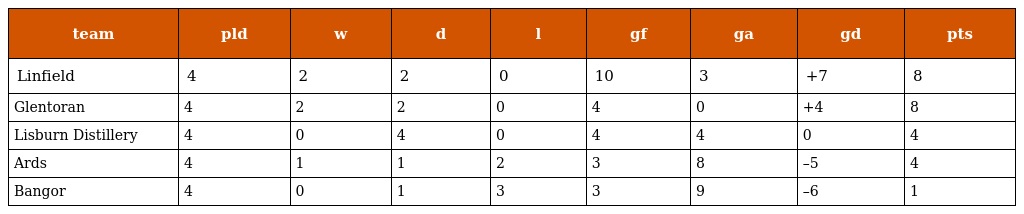
| team | pld | w | d | l | gf | ga | gd | pts |
 | --- | --- | --- | --- | --- | --- | --- | --- | --- |
 | Linfield | 4 | 2 | 2 | 0 | 10 | 3 | +7 | 8 |
 | Glentoran | 4 | 2 | 2 | 0 | 4 | 0 | +4 | 8 |
 | Lisburn Distillery | 4 | 0 | 4 | 0 | 4 | 4 | 0 | 4 |
 | Ards | 4 | 1 | 1 | 2 | 3 | 8 | –5 | 4 |
 | Bangor | 4 | 0 | 1 | 3 | 3 | 9 | –6 | 1 |